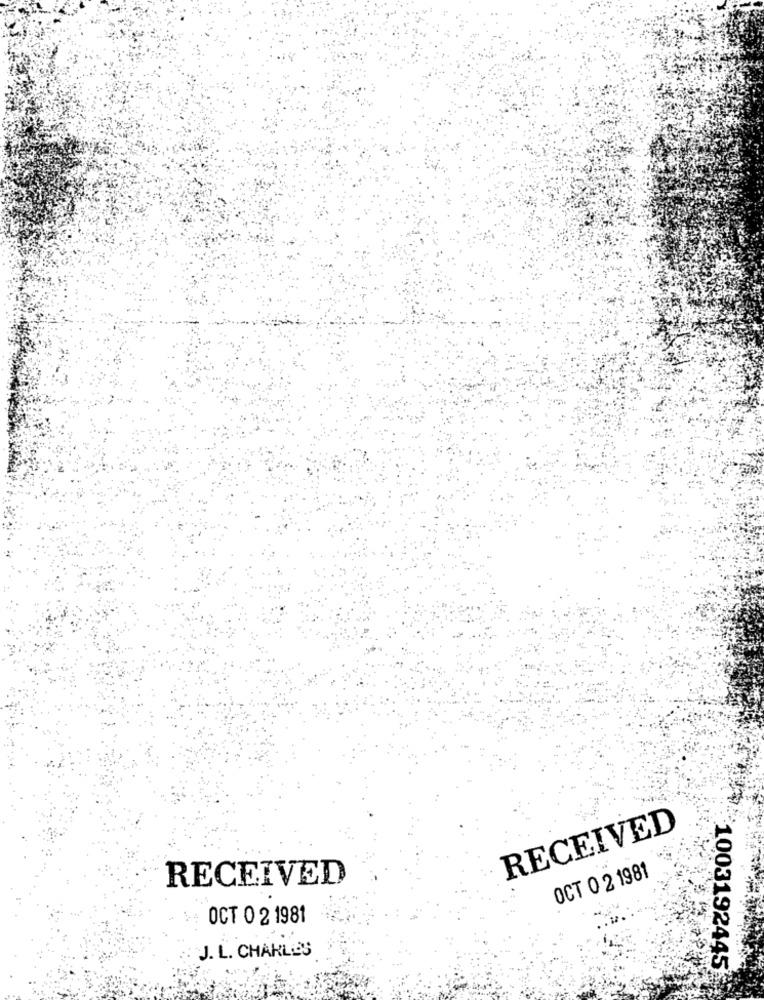
RECEIVED
RECEIVED
OCT 0 2 1981
OCT 0 2 1981
J. L. CHARLES
1003192445